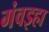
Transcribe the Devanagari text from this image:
गंवइहा